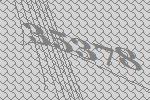
35378